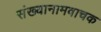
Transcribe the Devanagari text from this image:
संख्यानामवाचक